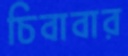
চিবাবার